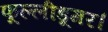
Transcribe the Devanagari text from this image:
फूल्लीडूमर।